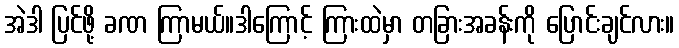
အဲဒါ ပြင်ဖို့ ခဏ ကြာမယ်။ဒါကြောင့် ကြားထဲမှာ တခြားအခန်းကို ပြောင်းချင်လား။